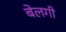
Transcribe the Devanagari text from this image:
बेलगी